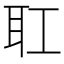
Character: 𦔸